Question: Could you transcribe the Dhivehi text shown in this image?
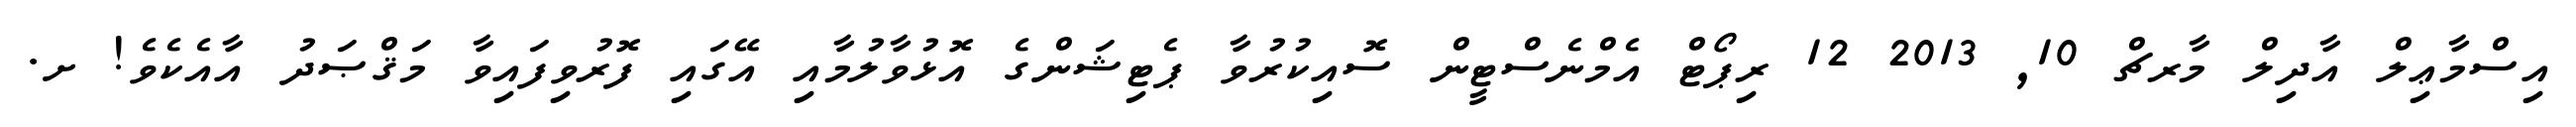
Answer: އިސްމާޢިލް އާދިލް މާރޗް 10, 2013 12 ރިޕޯޓް އެމްނެސްޓީން ސޮއިކުރުވާ ޕެޓިޝަންގެ އޮޅުވާލުމާއި އޭގައި ފޮރުވިފައިވާ މަޤްޞަދު އާއެކެވެ! ށ.